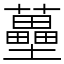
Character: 蘲